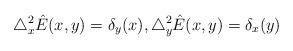
LaTeX: \begin{align*}\triangle^2_x\hat{E}(x,y)=\delta_y(x), \triangle^2_y\hat{E}(x,y)=\delta_x(y)\end{align*}